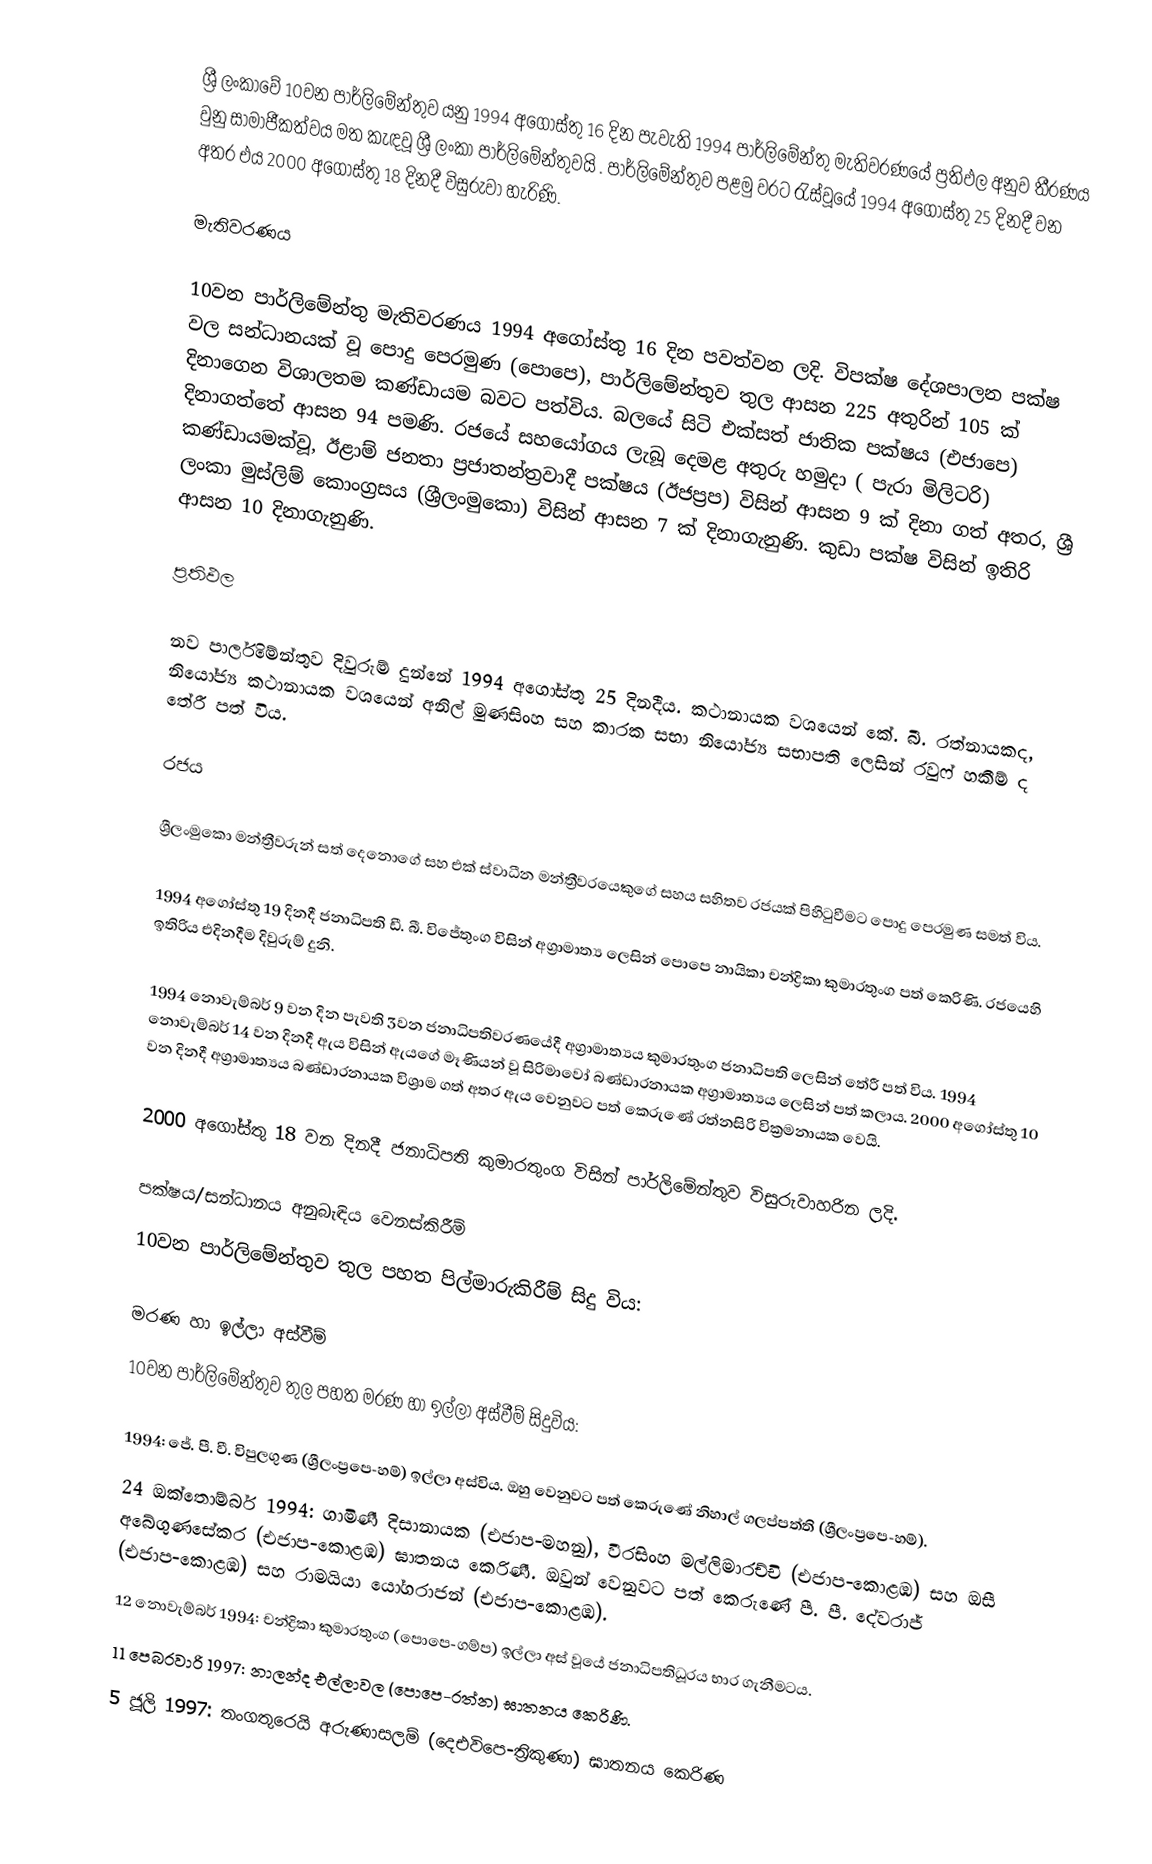
ශ්‍රී ලංකාවේ 10වන පාර්ලිමේන්තුව යනු 1994 අගෝස්තු 16 දින පැවැති 1994 පාර්ලිමේන්තු මැතිවරණයේ ප්‍රතිඵල අනුව තීරණය වුනු සාමාජීකත්වය මත කැඳවූ ශ්‍රී ලංකා පාර්ලිමේන්තුවයි . පාර්ලිමේන්තුව පළමු වරට රැස්වූයේ  1994 අගෝස්තු 25 දිනදී වන අතර එය 2000 අගෝස්තු 18 දිනදී විසුරුවා හැරිණි.

මැතිවරණය

10වන පාර්ලිමේන්තු මැතිවරණය 1994 අගෝස්තු 16 දින පවත්වන ලදි. විපක්ෂ දේශපාලන පක්ෂ වල සන්ධානයක් වූ  පොදු පෙරමුණ (පොපෙ), පාර්ලිමේන්තුව තුල ආසන 225 අතුරින් 105 ක් දිනාගෙන විශාලතම කණ්ඩායම බවට පත්විය. බලයේ සිටි එක්සත් ජාතික පක්ෂය (එජාපෙ) දිනාගත්තේ ආසන 94 පමණි. රජයේ සහයෝගය ලැබූ දෙමළ අතුරු හමුදා ( පැරා මිලිටරි) කණ්ඩායමක්වූ, ඊළාම් ජනතා ප්‍රජාතන්ත්‍රවාදී පක්ෂය (ඊජප්‍රප) විසින් ආසන 9 ක් දිනා ගත් අතර, ශ්‍රී ලංකා මුස්ලිම් කොංග්‍රසය (ශ්‍රීලංමුකො) විසින් ආසන 7 ක් දිනාගැනුණි. කුඩා පක්ෂ විසින් ඉතිරි ආසන 10 දිනාගැනුණි.

ප්‍රතිඵල

නව පාර්ලිමේන්තුව දිවුරුම් දුන්නේ 1994 අගෝස්තු 25 දිනදීය. කථානායක වශයෙන් කේ. බී. රත්නායකද, නියෝජ්‍ය කථානායක වශයෙන් අනිල් මුණසිංහ  සහ කාරක සභා නියෝජ්‍ය සභාපති ලෙසින් රවුෆ් හකීම් ද තේරී පත් විය.

රජය

ශ්‍රීලංමුකො මන්ත්‍රීවරුන් සත් දෙනොගේ සහ එක් ස්වාධීන මන්ත්‍රීවරයෙකුගේ සහය සහිතව රජයක් පිහිටුවීමට පොදු පෙරමුණ සමත් විය.

1994 අගෝස්තු 19 දිනදී ජනාධිපති ඩී. බී. විජේතුංග විසින් අග්‍රාමාත්‍ය ලෙසින් පොපෙ නායිකා චන්ද්‍රිකා කුමාරතුංග පත් කෙරිණි. රජයෙහි ඉතිරිය එදිනදීම දිවුරුම් දුනි.

1994 නොවැම්බර් 9 වන දින පැවති  3වන ජනාධිපතිවරණයේදී අග්‍රාමාත්‍යය කුමාරතුංග ජනාධිපති ලෙසින් තේරී පත් විය. 1994 නොවැම්බර් 14 වන දිනදී ඇය විසින් ඇයගේ මෑණියන් වූ සිරිමාවෝ බණ්ඩාරනායක අග්‍රාමාත්‍යය ලෙසින් පත් කලාය.  2000 අගෝස්තු 10 වන දිනදී අග්‍රාමාත්‍යය බණ්ඩාරනායක විශ්‍රාම ගත් අතර ඇය වෙනුවට පත් කෙරුණේ  රත්නසිරි වික්‍රමනායක වෙයි.

2000 අගෝස්තු 18 වන දිනදී ජනාධිපති කුමාරතුංග විසින් පාර්ලිමේන්තුව විසුරුවාහරින ලදි.

පක්ෂය/සන්ධානය අනුබැඳිය වෙනස්කිරීම්
10වන පාර්ලිමේන්තුව තුල පහත පිල්මාරුකිරීම් සිදු විය:

මරණ හා ඉල්ලා අස්වීම්
10වන පාර්ලිමේන්තුව තුල පහත මරණ හා ඉල්ලා අස්වීම් සිදුවිය:

1994: ජේ. පී. වී. විපුලගුණ (ශ්‍රීලංප්‍රපෙ-හම්) ඉල්ලා අස්විය. ඔහු වෙනුවට පත් කෙරුණේ නිහාල් ගලප්පත්ති (ශ්‍රීලංප්‍රපෙ-හම්).
24 ඔක්තොම්බර් 1994: ගාමිණී දිසානායක (එජාප-මහනු), වීරසිංහ මල්ලිමාරච්චි (එජාප-කොළඹ) සහ ඔසී අබේගුණසේකර (එජාප-කොළඹ) ඝාතනය කෙරිණී. ඔවුන් වෙනුවට පත් කෙරුණේ පී. පී. දේවරාජ් (එජාප-කොළඹ) සහ රාමයියා යෝගරාජන් (එජාප-කොළඹ).
12 නොවැම්බර් 1994: චන්ද්‍රිකා කුමාරතුංග (පොපෙ-ගම්ප) ඉල්ලා අස් වූයේ ජනාධිපතිධූරය භාර ගැනීමටය.
11 පෙබරවාරි 1997: නාලන්ද එල්ලාවල (පොපෙ-රත්න) ඝාතනය කෙරිණි.
5 ජූලි 1997: තංගතුරෙයි අරුණාසලම් (දෙඑවිපෙ-ත්‍රිකුණා) ඝාතනය කෙරිණ